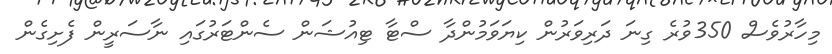
މިހާރުވެސް 350ވުރެ ގިނަ ދަރިވަރުން ކިޔަވަމުންދާ ސްޓާ ޓިއުޝަން ސެންޓަރުގައި ނާސަރީން ފެށިގެން